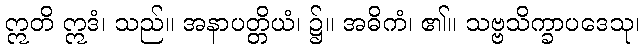
ဣတိ ဣဒံ၊ သည်။ အနာပတ္တိယံ၊ ၌။ အဓိကံ၊ ၏။ သဗ္ဗသိက္ခာပဒေသု၊